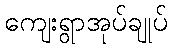
ကျေးရွာအုပ်ချုပ်